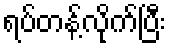
ရပ်တန့်လိုက်ပြီး